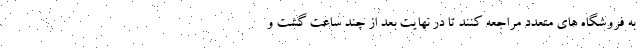
به فروشگاه های متعدد مراجعه کنند تا در نهایت بعد از چند ساعت گشت و